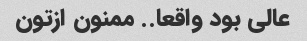
عالی بود واقعا.. ممنون ازتون